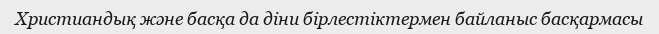
Христиандық және басқа да діни бірлестіктермен байланыс басқармасы